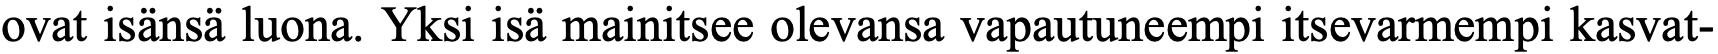
ovat isänsä luona. Yksi isä mainitsee olevansa vapautuneempi itsevarmempi kasvat-